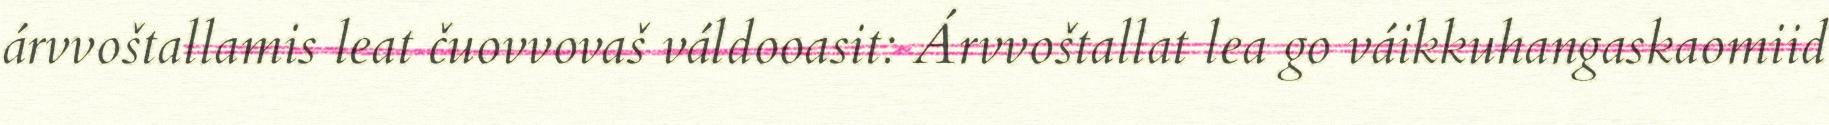
árvvoštallamis leat čuovvovaš váldooasit: Árvvoštallat lea go váikkuhangaskaomiid